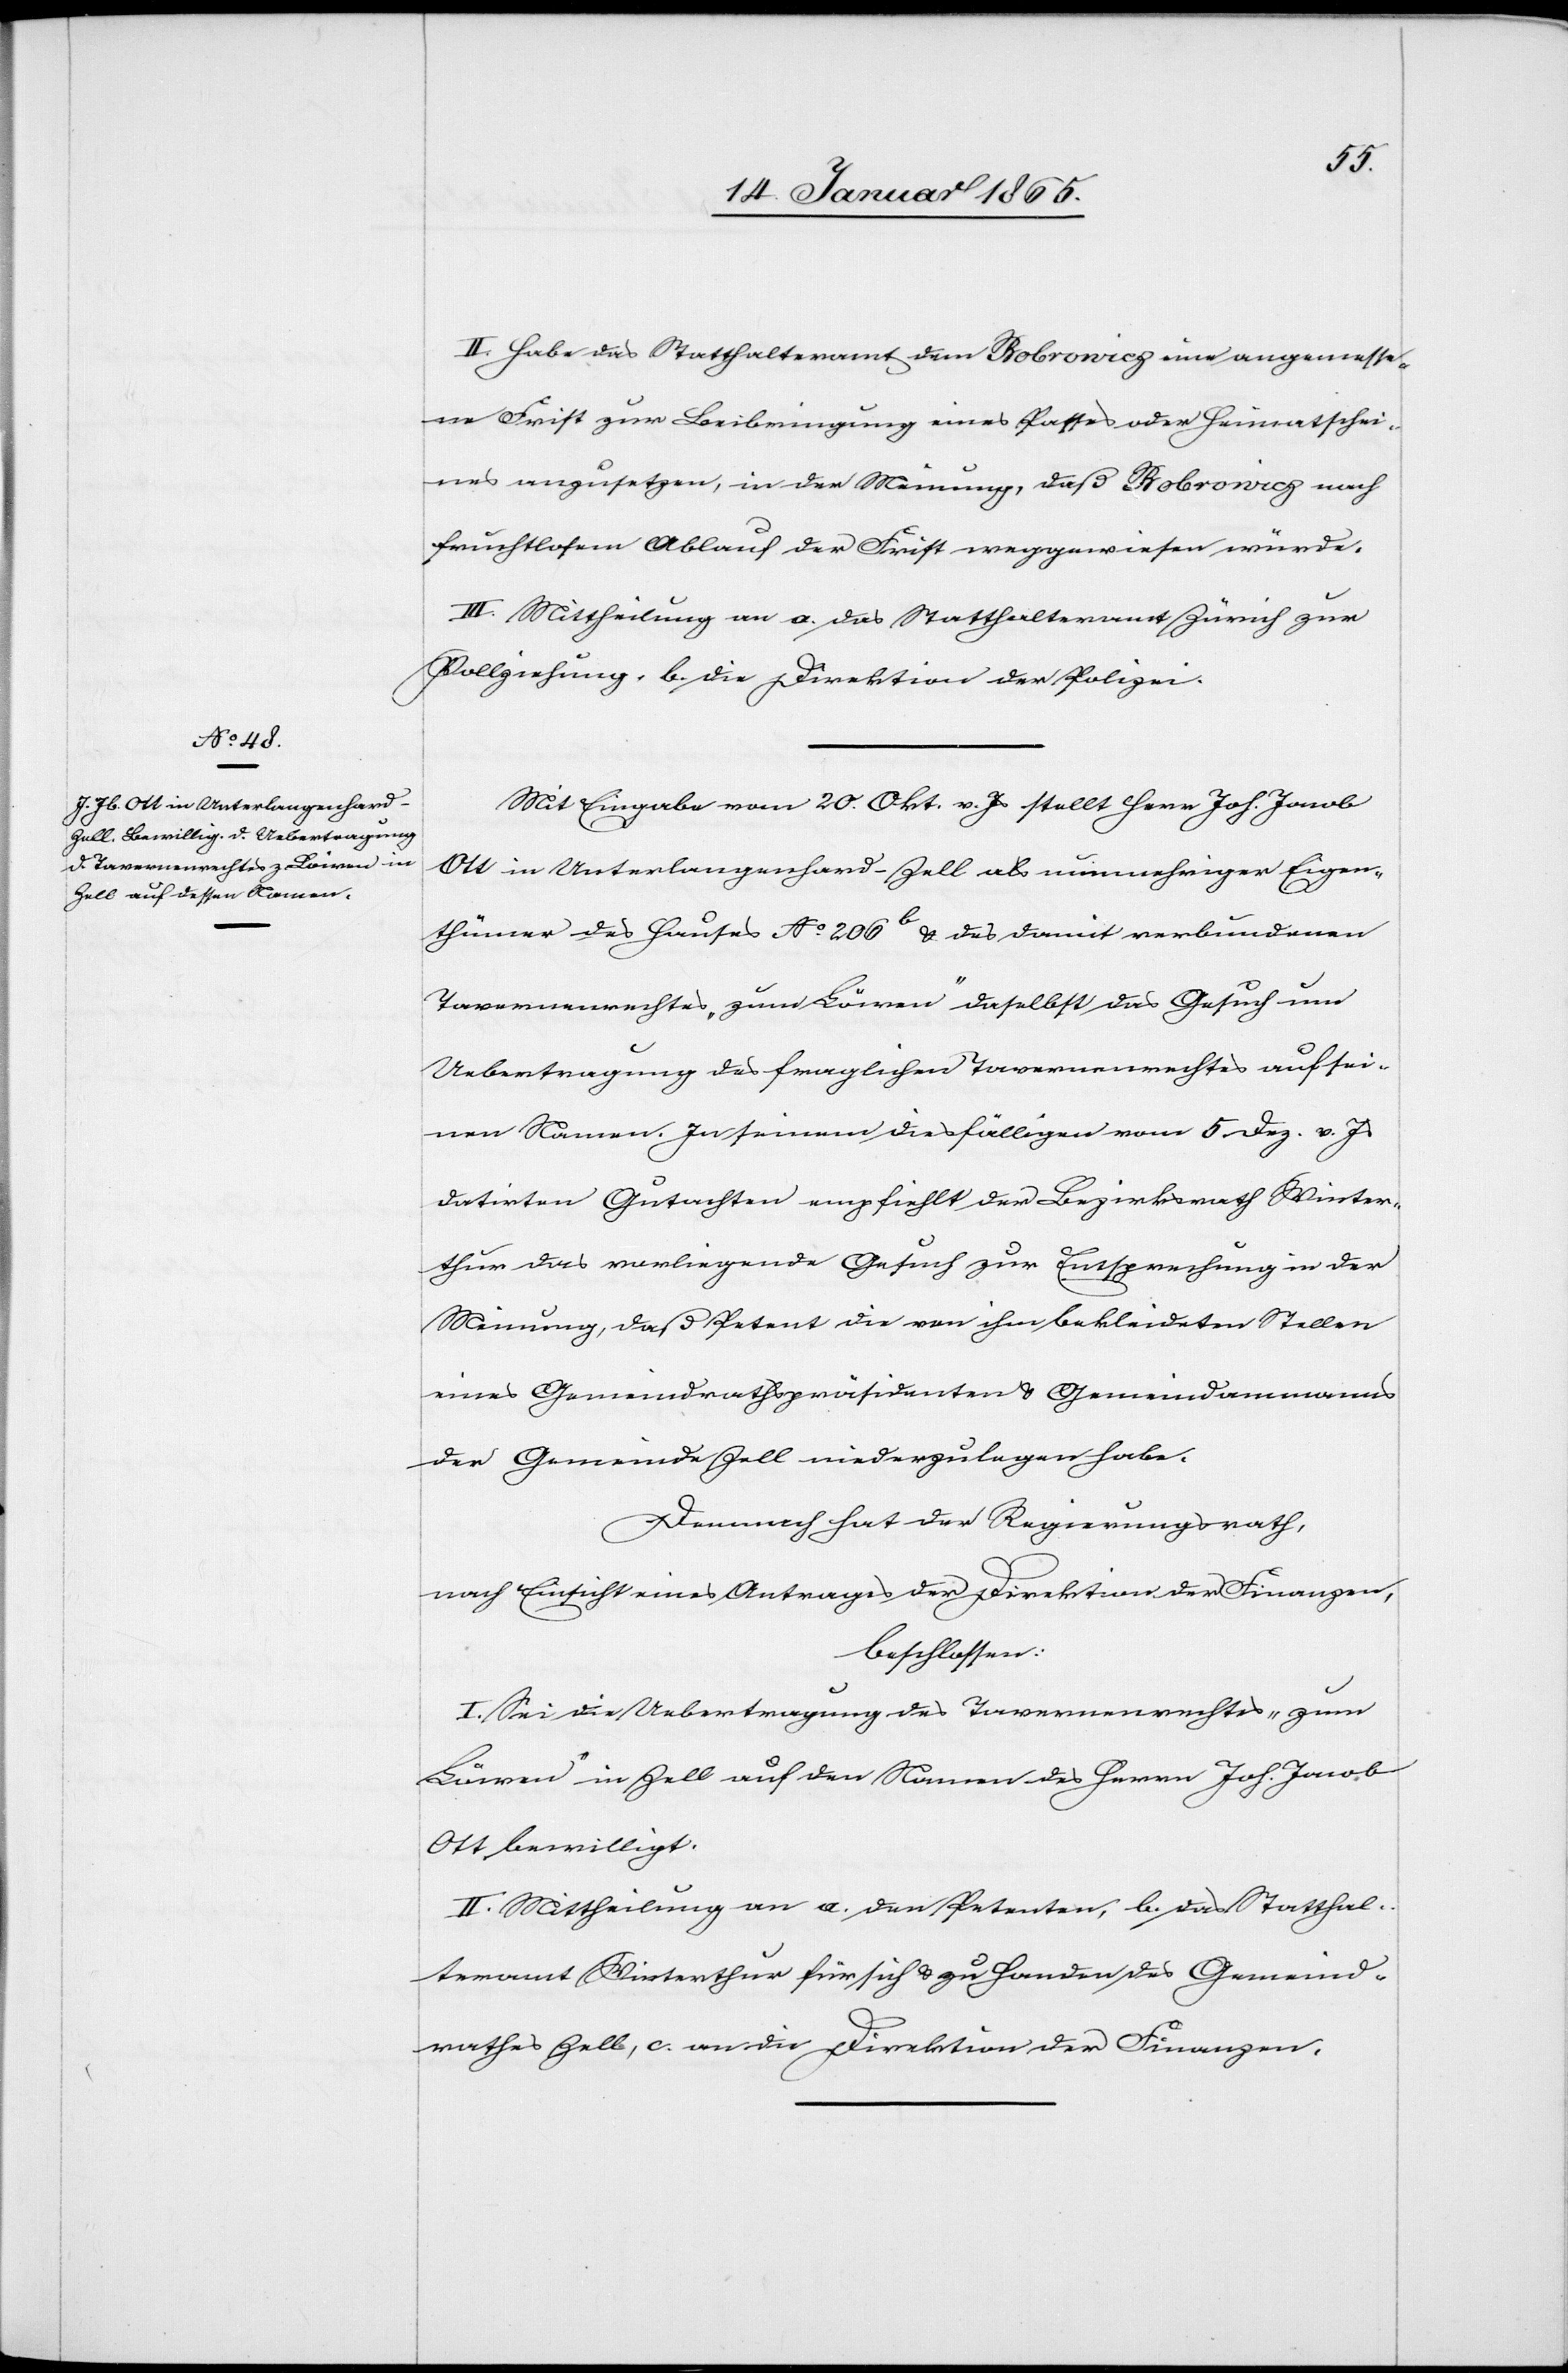
II. Habe das Statthalteramt dem Bobrowicz eine angemesse¬
ne Frist zur Beibringung eines Passes oder Heimatschei¬
nes anzusetzen, in der Meinung, daß Bobrowicz nach
fruchtlosem Ablauf der First weggewiesen würde.
III. Mittheilung an a. das Statthalteramt Zürich zur
Vollziehung, b. die Direktion der Polizei.
Mit Eingabe vom 20. Okt. v. Js stellt Herr Joh. Jacob
Ott in Unterlangenhard-Zell als nunmehriger Eigen¬
thümer des Hauses No 206 b u. des damit verbundenen
Tavernenrechts, „zum Löwen“ daselbst das Gesuch um
Uebertragung des fraglichen Tavernenrechtes auf sei¬
nen Namen. In seinem diesfälligen vom 5. Dez. v. Js.
datirten Gutachten empfiehlt der Bezirksrath Winter¬
thur das vorliegende Gesuch zur Entsprechung in der
Meinung, daß Petent die von ihm bekleideten Stellen
eines Gemeindrathspräsidenten u. Gemeindammanns
der Gemeinde Zell niederzulegen habe.
Demnach hat der Regierungsrath,
nach Einsicht eines Antrages der Direktion der Finanzen,
beschlossen:
I. Sei die Uebertragung des Tavernenrechtes „zum
Löwen“ in Zell auf den Namen des Herrn Joh. Jacob
Ott bewilligt.
II. Mittheilung an a. den Petenten, b. das Statthal¬
teramt Winterthur für sich u. zu Handen des Gemeind¬
rathes Zell, c. an die Direktion der Finanzen.